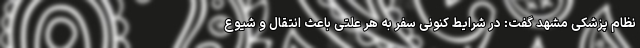
نظام پزشکی مشهد گفت: در شرایط کنونی سفر به هر علتی باعث انتقال و شیوع